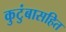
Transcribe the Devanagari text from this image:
कुटुंबासहित